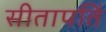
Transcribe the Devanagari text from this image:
सीतापतिं